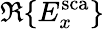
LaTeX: \Re\{ E_{x}^{\mathrm{sca}}\}